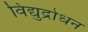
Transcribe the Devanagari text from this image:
विद्युद्रोधन